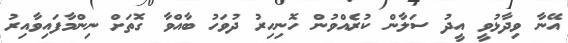
އޭނާ ވިދާޅުވީ އީދު ސަލާން ކުރެއްވުން ހޮނިހިރު ދުވަހު ބާއްވާ ގޮތަށް ނިންމާފައިވާއިރު